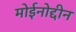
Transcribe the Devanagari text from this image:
मोईनोद्दीन